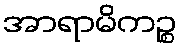
အာရာမိကဉ္စ